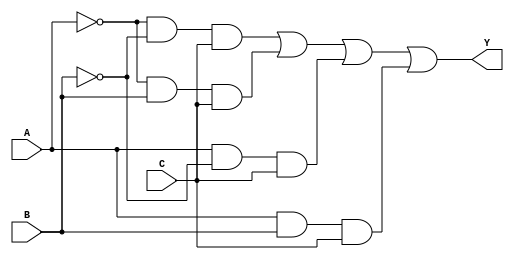
module combinational_logic (
    input wire A,  // Input A
    input wire B,  // Input B
    input wire C,  // Input C
    output wire Y  // Output Y
);

// Sum of Products (SOP) implementation
// Example SOP expression: Y = A'B'C + A'BC + AB'C + ABC
assign Y = (~A & ~B & C) | (~A & B & C) | (A & ~B & C) | (A & B & C);

endmodule